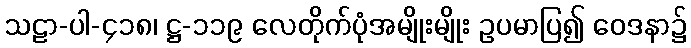
သဠာ-ပါ-၄၁၈၊ ဋ္ဌ-၁၁၉ လေတိုက်ပုံအမျိုးမျိုး ဥပမာပြ၍ ဝေဒနာ၌